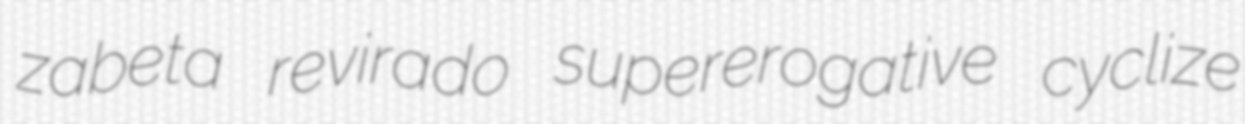
zabeta revirado supererogative cyclize